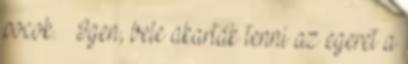
pocok. – Igen, bele akarták tenni az egeret a